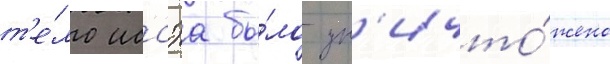
т'е́ло иссэа бы́ло ун'ичто́жено